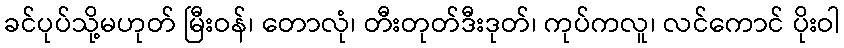
ခင်ပုပ်သို့မဟုတ် မြီးဝန်၊ တောလုံ၊ တီးတုတ်ဒီးဒုတ်၊ ကုပ်ကလူ၊ လင်ကောင် ပိုးဝါ